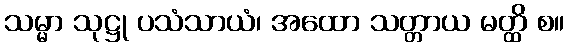
သမ္မာ သုဋ္ဌု ပသံသာယံ၊ အထော သတ္တာယ မတ္ထိ စ။